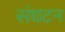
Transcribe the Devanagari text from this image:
संधटन